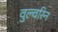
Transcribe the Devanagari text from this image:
वुल्वरिन